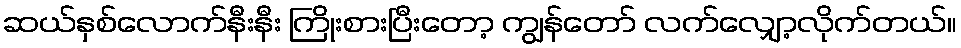
ဆယ်နှစ်လောက်နီးနီး ကြိုးစားပြီးတော့ ကျွန်တော် လက်လျှော့လိုက်တယ်။